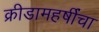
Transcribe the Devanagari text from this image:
क्रीडामहर्षींचा